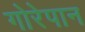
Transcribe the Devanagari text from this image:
गोरेपान